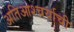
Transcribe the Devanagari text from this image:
अतिआश्चर्याची